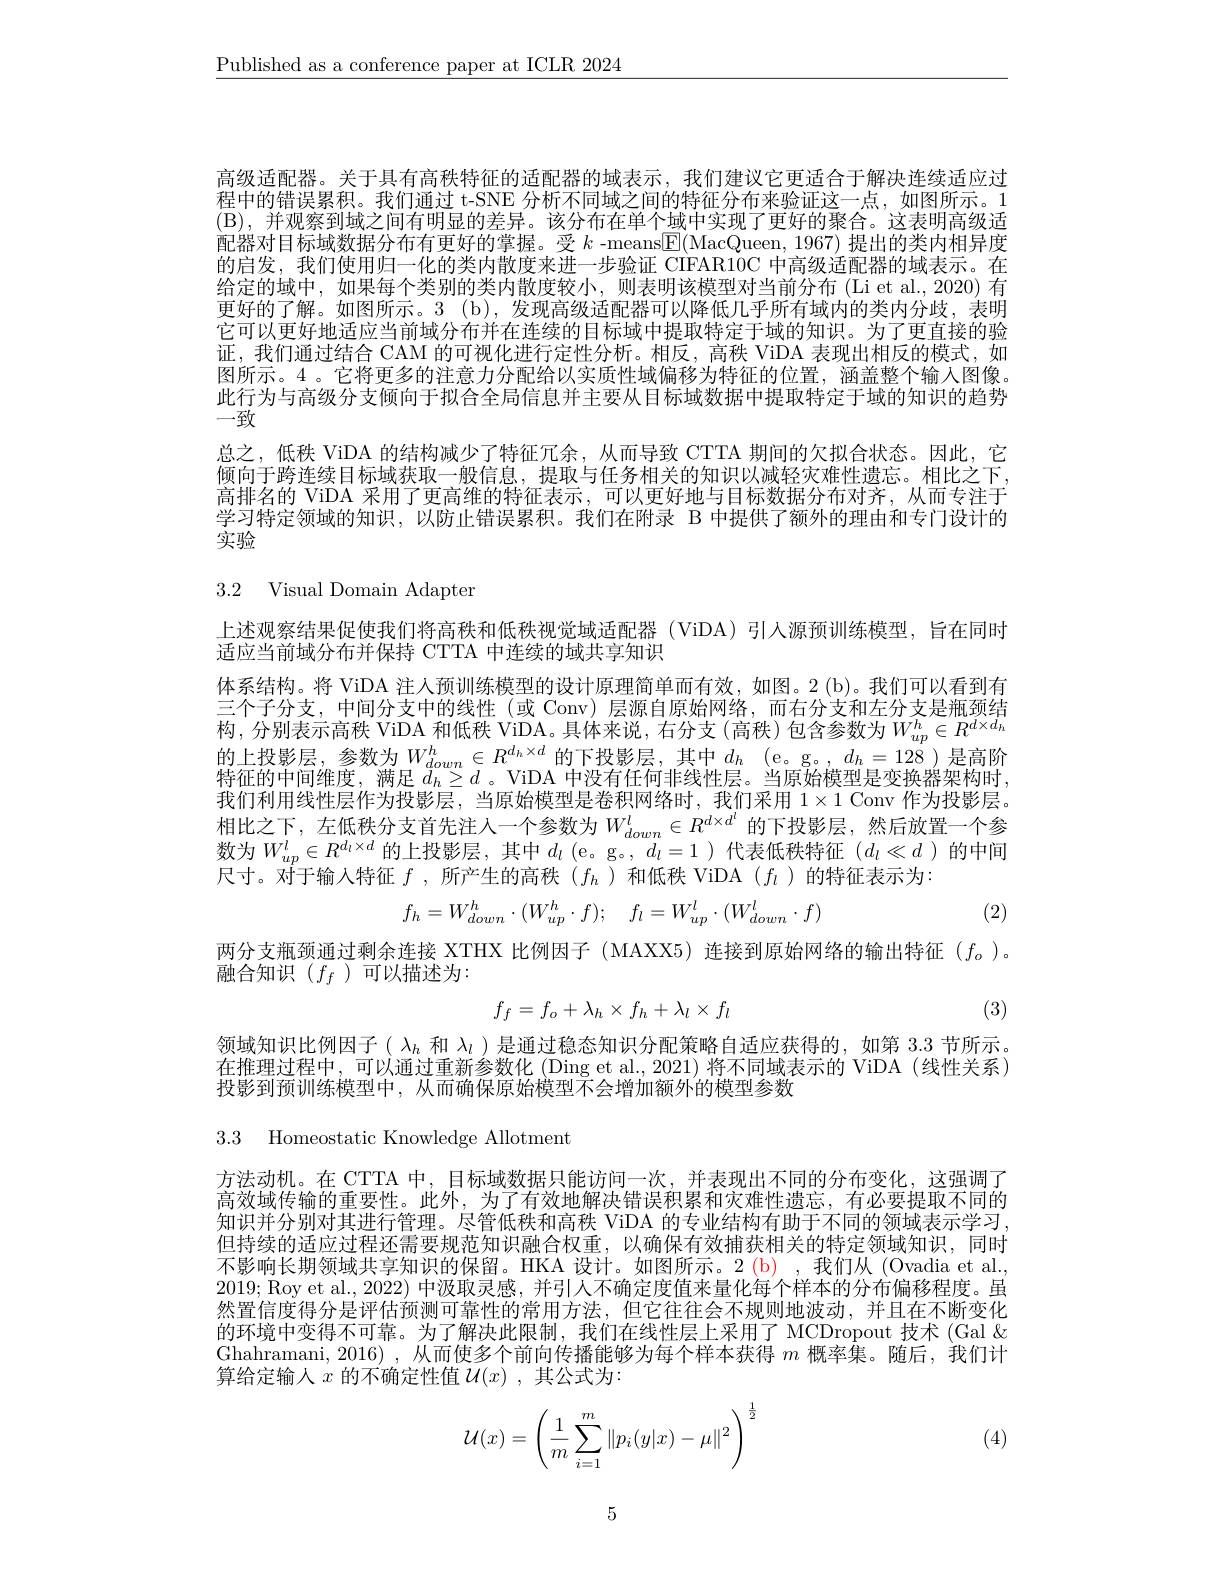
$\underline{\text{Published as a conference paper at ICLR 2024}}$

高级适配器。关于具有高秩特征的适配器的域表示，我们建议它更适合于解决连续适应过程中的错误累积。我们通过 t-SNE 分析不同域之间的特征分布来验证这一点，如图所示。1 (B), 并观察到域之间有明显的差异。该分布在单个域中实现了更好的聚合。这表明高级适配器对目标域数据分布有更好的掌握。受$k$ -means$\boxed{\mathrm{F}}($MacQueen, 1967) 提出的类内相异度的启发，我们使用归一化的类内散度来进一步验证 CIFAR10C 中高级适配器的域表示。在给定的域中，如果每个类别的类内散度较小，则表明该模型对当前分布(Li et al.,2020)有更好的了解。如图所示。3 (b),发现高级适配器可以降低几乎所有域内的类内分歧，表明它可以更好地适应当前域分布并在连续的目标域中提取特定于域的知识。为了更直接的验证，我们通过结合 CAM 的可视化进行定性分析。相反，高秩 ViDA 表现出相反的模式，如图所示。4 。它将更多的注意力分配给以实质性域偏移为特征的位置，涵盖整个输入图像。此行为与高级分支倾向于拟合全局信息并主要从目标域数据中提取特定于域的知识的趋势一致
总之，低秩 ViDA 的结构减少了特征冗余，从而导致 CTTA 期间的欠拟合状态。因此，它倾向于跨连续目标域获取一般信息，提取与任务相关的知识以减轻灾难性遗忘。相比之下， 高排名的 ViDA 采用了更高维的特征表示，可以更好地与目标数据分布对齐，从而专注于学习特定领域的知识，以防止错误累积。我们在附录 B 中提供了额外的理由和专门设计的实验

3.2 Visual Domain Adapter

上述观察结果促使我们将高秩和低秩视觉域适配器(ViDA)引人源预训练模型，旨在同时
适应当前域分布并保持 CTTA 中连续的域共享知识
体系结构。将 ViDA 注人预训练模型的设计原理简单而有效，如图。2 (b)。我们可以看到有三个子分支，中间分支中的线性(或 Conv)层源自原始网络，而右分支和左分支是瓶颈结构 , 分 别 表 示 高 秩 ViDA 和 低 秩 ViDA。具 体 来 说 , 右 分 支 ( 高 秩 ) 包 含 参 数 为 $W_{up}^h\in R^{d\times d_h}$ 的上投影层，参数为$W_down^h\in R^{d_h\times d}$的下投影层，其中$d_h$ (e。g。$,d_h=128$)是高阶特征的中间维度，满足$d_h\geq d$ 。ViDA 中没有任何非线性层。当原始模型是变换器架构时， 我们利用线性层作为投影层，当原始模型是卷积网络时，我们采用$1\times1$ Conv 作为投影层。相比之下，左低秩分支首先注人一个参数为$W_{down}^l\in R^{d\times d^l}$的下投影层，然后放置一个参数为$W_up^l\in R^{d_l\times d}$的上投影层，其中$d_l($e。g。$,d_l=1)$代表低秩特征$(d_l\ll d)$的中间尺寸。对于输入特征$f$ ,所产生的高秩$(f_h$ )和低秩 ViDA $(f_l$ )的特征表示为：

(2)
$$f_{h}=W_{down}^{h}\cdot(W_{up}^{h}\cdot f);\quad f_{l}=W_{up}^{l}\cdot(W_{down}^{l}\cdot f)$$
两分支瓶颈通过剩余连接 XTHX 比例因子 (MAXX5)连接到原始网络的输出特征$(f_o)$。
融合知识($f_f$)可以描述为2000年19月100年1月10日本
$$f_f=f_o+\lambda_h\times f_h+\lambda_l\times f_l$$
(3)

领域知识比例因子( $\lambda_h$和$\lambda_l$ )是通过稳态知识分配策略自适应获得的，如第 3.3 节所示。在推理过程中，可以通过重新参数化 (Ding et al., 2021) 将不同域表示的 ViDA (线性关系) 投影到预训练模型中，从而确保原始模型不会增加额外的模型参数

3.3 Homeostatic Knowledge Allotment

方法动机。在 CTTA 中，目标域数据只能访问一次，并表现出不同的分布变化，这强调了高效域传输的重要性。此外，为了有效地解决错误积累和灾难性遗忘，有必要提取不同的知识并分别对其进行管理。尽管低秩和高秩 ViDA 的专业结构有助于不同的领域表示学习， 但持续的适应过程还需要规范知识融合权重，以确保有效捕获相关的特定领域知识，同时不影响长期领域共享知识的保留。HKA 设计。如图所示。2(b),我们从(Ovadia et al. 2019; Roy et al., 2022) 中汲取灵感，并引人不确定度值来量化每个样本的分布偏移程度。虽然置信度得分是评估预测可靠性的常用方法，但它往往会不规则地波动，并且在不断变化的环境中变得不可靠。为了解决此限制，我们在线性层上采用了 MCDropout 技术 (Gal & Ghahramani, 2016) ,从而使多个前向传播能够为每个样本获得$m$概率集。随后，我们计算给定输入$x$的不确定性值$\mathcal{U}(x)$,其公式为：
$$\mathcal{U}(x)=\left(\dfrac{1}{m}\sum_{i=1}^m\|p_i(y|x)-\mu\|^2\right)^{\frac{1}{2}}$$
(4)

5